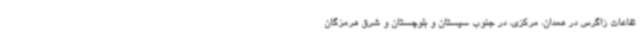
تفاعات زاگرس در همدان، مرکزی، در جنوب سیستان و بلوچستان و شرق هرمزگان